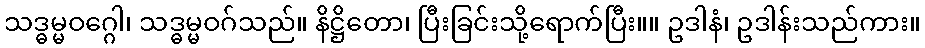
သဒ္ဓမ္မဝဂ္ဂေါ၊ သဒ္ဓမ္မဝဂ်သည်။ နိဋ္ဌိတော၊ ပြီးခြင်းသို့ရောက်ပြီး။။ ဥဒါနံ၊ ဥဒါန်းသည်ကား။